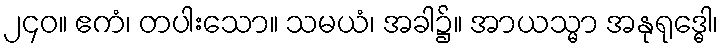
၂၄၀။ ဧကံ၊ တပါးသော။ သမယံ၊ အခါ၌။ အာယသ္မာ အနုရုဒ္ဓေါ၊